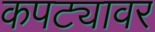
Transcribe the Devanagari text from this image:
कपट्यावर